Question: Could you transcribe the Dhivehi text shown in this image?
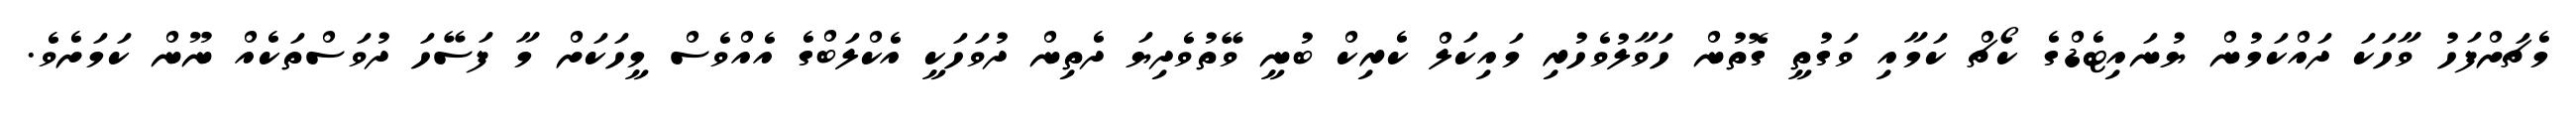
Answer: މެޗަށްފަހު ވާހަކަ ދައްކަމުން ޔުނައިޓެޑްގެ ކޯޗް ކަމާއި ވަގުތީ ގޮތުން ހަވާލުވެހުރި މައިކަލް ކެރިކް ބުނީ ވޭތުވެދިޔަ ދެތިން ދުވަހަކީ އެކްލަބްގެ އެއްވެސް މީހަކަށް މާ ފަސޭހަ ދުވަސްތަކެއް ނޫން ކަމަށެވެ.